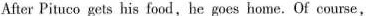
After Pituco gets his food,he goes home. Of course,